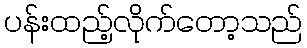
ပန်းထည့်လိုက်တော့သည်